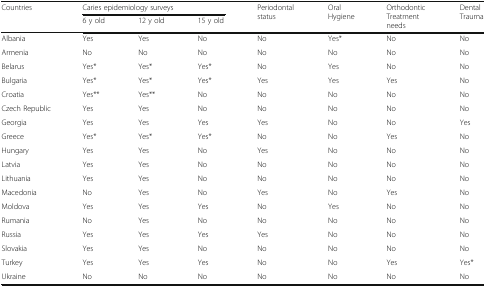
| <ROWSPAN=2> Countries | <COLSPAN=3> Caries epidemiology surveys | <ROWSPAN=2> Periodontal status | <ROWSPAN=2> Oral Hygiene | <ROWSPAN=2> Orthodontic Treatment needs | <ROWSPAN=2> Dental Trauma |
 | 6 y old | 12 y old | 15 y old |
 | --- | --- | --- | --- | --- | --- | --- | --- |
 | Albania | Yes | Yes | No | No | Yes* | No | No |
 | Armenia | No | No | No | No | No | No | No |
 | Belarus | Yes* | Yes* | Yes* | No | Yes | No | No |
 | Bulgaria | Yes* | Yes* | Yes* | Yes | Yes | Yes | No |
 | Croatia | Yes** | Yes** | No | No | No | No | No |
 | Czech Republic | Yes | Yes | No | No | No | No | No |
 | Georgia | Yes | Yes | Yes | Yes | No | No | Yes |
 | Greece | Yes* | Yes* | Yes* | No | No | Yes | No |
 | Hungary | Yes | Yes | No | Yes | No | No | No |
 | Latvia | Yes | Yes | No | No | No | No | No |
 | Lithuania | Yes | Yes | No | No | No | No | No |
 | Macedonia | No | Yes | No | Yes | No | Yes | No |
 | Moldova | Yes | Yes | Yes | No | Yes | No | No |
 | Rumania | No | Yes | No | No | No | No | No |
 | Russia | Yes | Yes | Yes | Yes | No | No | No |
 | Slovakia | Yes | Yes | No | No | No | No | No |
 | Turkey | Yes | Yes | Yes | No | No | Yes | Yes* |
 | Ukraine | No | No | No | No | No | No | No |